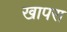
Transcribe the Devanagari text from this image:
खापरा